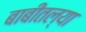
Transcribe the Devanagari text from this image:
बाबीतल्या